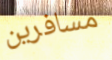
مسافرين